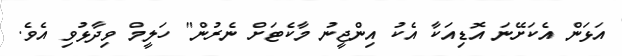
އަޅަން އެކަށޭނަ އޮޑިއަކާ އެކު އިންޖީނު މާކެޓަށް ނެރުން" ހަލީމް ވިދާޅުވި އެވެ.